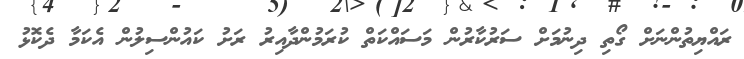
ރައްޔިތުންނަށް ގޯތި ދިނުމަށް ސަރުކާރުން މަސައްކަތް ކުރަމުންދާއިރު ރަށު ކައުންސިލުން އެކަމާ ދެކޮޅު